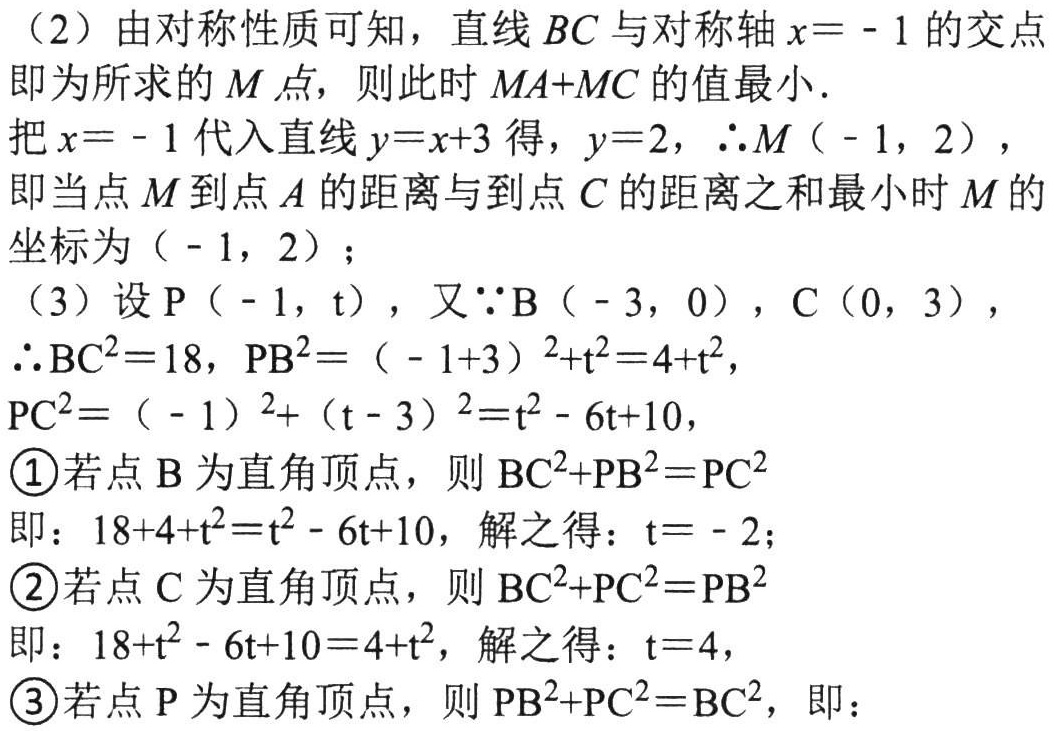
（2）由对称性质可知，直线 \(BC\) 与对称轴 \(x = - 1\) 的交点
即为所求的 \(M\) 点，则此时 \(MA + MC\) 的值最小.
把 \(x = - 1\) 代入直线 \(y = x + 3\) 得，\(y = 2\)，\(\therefore M(-1,2)\)，
即当点 \(M\) 到点 \(A\) 的距离与到点 \(C\) 的距离之和最小时 \(M\) 的
坐标为 \((-1,2)\)；
（3）设 \(P(-1,t)\)，又\(\because B(-3,0)\)，\(C(0,3)\)，
\(\therefore BC^{2}=18\)，\(PB^{2}=(-1 + 3)^{2}+t^{2}=4 + t^{2}\)，
\(PC^{2}=(-1)^{2}+(t - 3)^{2}=t^{2}-6t + 10\)，
\textcircled{1}若点 \(B\) 为直角顶点，则 \(BC^{2}+PB^{2}=PC^{2}\)
即：\(18 + 4 + t^{2}=t^{2}-6t + 10\)，解之得：\(t = - 2\)；
\textcircled{2}若点 \(C\) 为直角顶点，则 \(BC^{2}+PC^{2}=PB^{2}\)
即：\(18 + t^{2}-6t + 10=4 + t^{2}\)，解之得：\(t = 4\)，
\textcircled{3}若点 \(P\) 为直角顶点，则 \(PB^{2}+PC^{2}=BC^{2}\)，即：